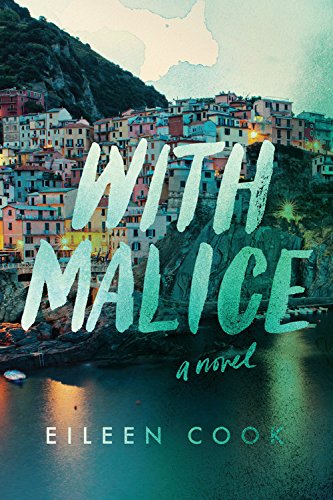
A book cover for With Malice; Eileen Cook; Teen & Young Adult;